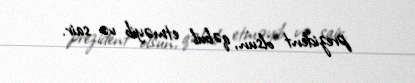
prezident olsun, qəbul etməyib və sair.